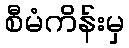
စီမံကိန်းမှ